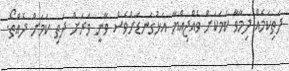
ދަތިކަމެއް ދިމާވާ ކަމަކަށް ވެއްޖިއްޔާ އަޅުގަނޑަށްވެސް ވާނީ ވަރަށް ދަތި ކަމަށް ދެއްތޯ.